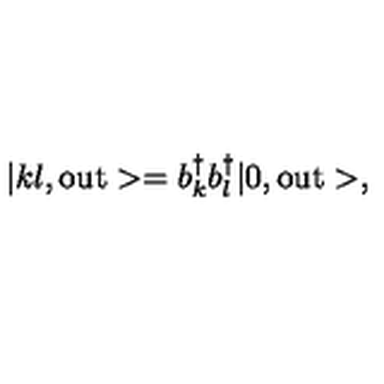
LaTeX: | k l , \mathrm { o u t } > = b _ { k } ^ { \dagger } b _ { l } ^ { \dagger } | 0 , \mathrm { o u t } > ,